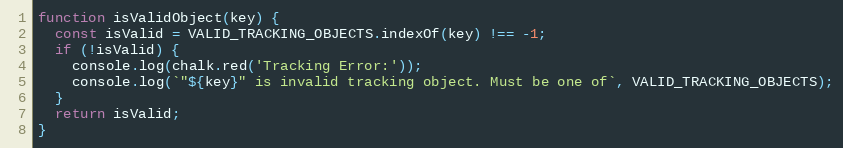
Language: JavaScript
function isValidObject(key) {
  const isValid = VALID_TRACKING_OBJECTS.indexOf(key) !== -1;
  if (!isValid) {
    console.log(chalk.red('Tracking Error:'));
    console.log(`"${key}" is invalid tracking object. Must be one of`, VALID_TRACKING_OBJECTS);
  }
  return isValid;
}